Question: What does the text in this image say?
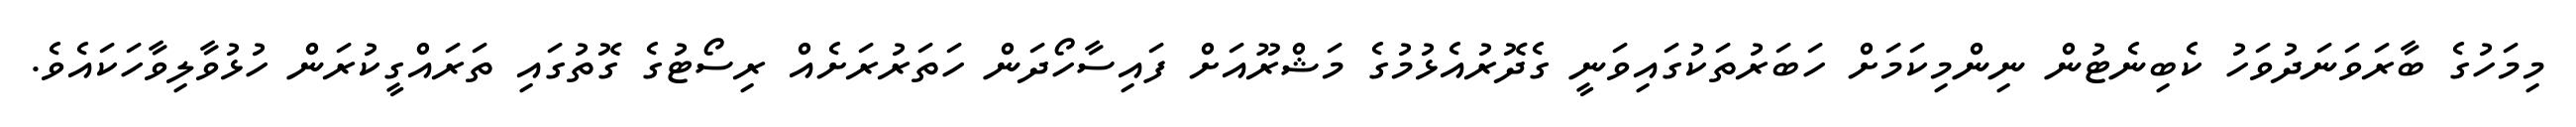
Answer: މިމަހުގެ ބާރަވަނަދުވަހު ކެބިނެޓުން ނިންމިކަމަށް ހަބަރުތަކުގައިވަނީ ގެދޮރުއެޅުމުގެ މަޝްރޫއަށް ފައިސާހޯދަން ހަތަރުރަށެއް ރިސޯޓުގެ ގޮތުގައި ތަރައްގީކުރަން ހުޅުވާލިވާހަކައެވެ.